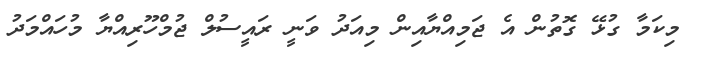
މިކަމާ ގުޅޭ ގޮތުން އެ ޖަމިއްޔާއިން މިއަދު ވަނީ ރައީސުލް ޖުމްހޫރިއްޔާ މުހައްމަދު